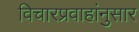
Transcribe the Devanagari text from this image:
विचारप्रवाहांनुसार